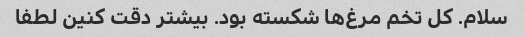
سلام. کل تخم مرغ‌ها شکسته بود. بیشتر دقت کنین لطفا